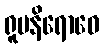
ရူပနိရောဓေ